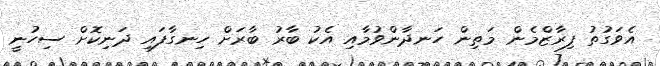
އެވަގުތު ފިރާޒްމެން މަތިން ހަނދާންވުމާއި އެކު ބާރު ބާރަށް ހިނގާފައި ދަނިކޮށް ސިހުނީ